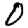
Digit: 0